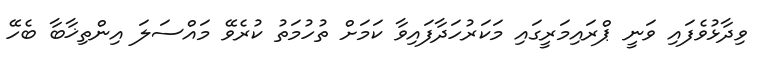
ވިދާޅުވެފައި ވަނީ ޕްރައިމަރީގައި މަކަރުހަދާފައިވާ ކަމަށް ތުހުމަތު ކުރެވޭ މައްސަލަ އިންތިޚާބާ ބެހޭ